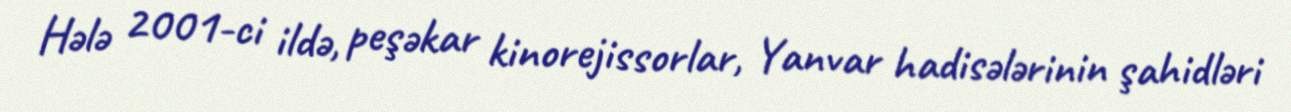
Hələ 2001-ci ildə, peşəkar kinorejissorlar, Yanvar hadisələrinin şahidləri